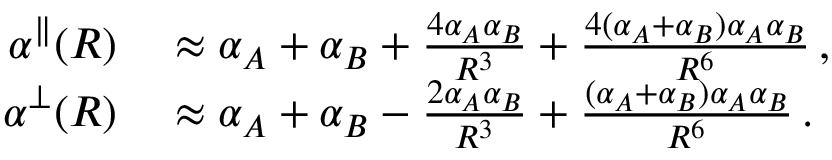
\begin{array} { r l } { \alpha ^ { \parallel } ( R ) } & { { } \approx \alpha _ { A } + \alpha _ { B } + \frac { 4 \alpha _ { A } \alpha _ { B } } { R ^ { 3 } } + \frac { 4 ( \alpha _ { A } + \alpha _ { B } ) \alpha _ { A } \alpha _ { B } } { R ^ { 6 } } \, , } \\ { \alpha ^ { \perp } ( R ) } & { { } \approx \alpha _ { A } + \alpha _ { B } - \frac { 2 \alpha _ { A } \alpha _ { B } } { R ^ { 3 } } + \frac { ( \alpha _ { A } + \alpha _ { B } ) \alpha _ { A } \alpha _ { B } } { R ^ { 6 } } \, . } \end{array}